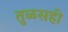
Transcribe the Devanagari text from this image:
तुळसही